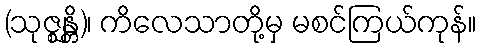
(သုဇ္ဈန္တိ)၊ ကိလေသာတို့မှ မစင်ကြယ်ကုန်။